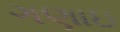
ગણાઇ